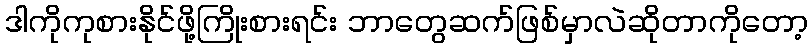
ဒါကိုကုစားနိုင်ဖို့ကြိုးစားရင်း ဘာတွေဆက်ဖြစ်မှာလဲဆိုတာကိုတော့